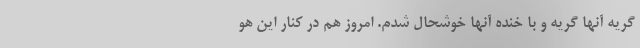
گریه آنها گریه و با خنده آنها خوشحال شدم. امروز هم در کنار این هو